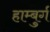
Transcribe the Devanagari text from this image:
हाम्बुर्ग